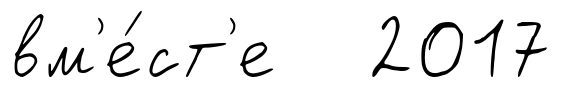
вм'е́ст'е 2017